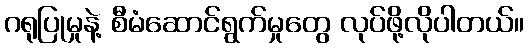
ဂရုပြုမှုနဲ့ စီမံဆောင်ရွက်မှုတွေ လုပ်ဖို့လိုပါတယ်။